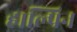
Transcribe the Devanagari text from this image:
हाल्पिन